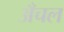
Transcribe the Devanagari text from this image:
अँचल